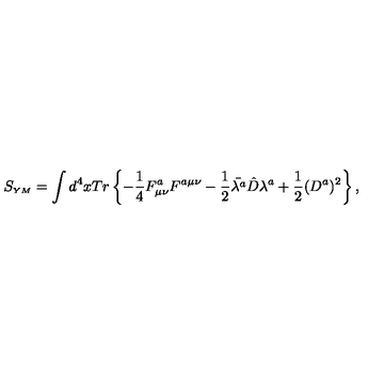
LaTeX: S _ { \scriptscriptstyle Y M } = \int d ^ { 4 } x T r \left\{ - \frac { 1 } { 4 } F _ { \mu \nu } ^ { a } F ^ { a \mu \nu } - \frac { 1 } { 2 } \bar { \lambda ^ { a } } \hat { D } \lambda ^ { a } + \frac { 1 } { 2 } ( D ^ { a } ) ^ { 2 } \right\} ,